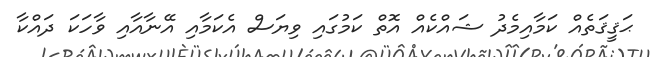
ޙަޤީޤަތެއް ކަމާއިމެދު ޝައްކެއް އޮތް ކަމުގައި ވިޔަސް އެކަމާއި އޭނާއާއި ވާހަކަ ދައްކާ